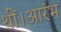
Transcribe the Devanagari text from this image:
थीं।आरंभ